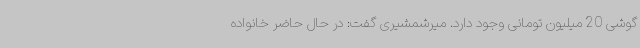
گوشی 20 میلیون تومانی وجود دارد. میرشمشیری گفت: در حال حاضر خانواده